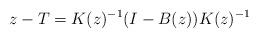
LaTeX: \begin{align*}z-T = K(z)^{-1}(I-B(z)) K(z)^{-1}\end{align*}